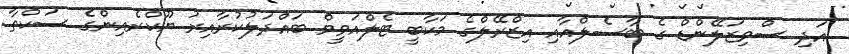
އަދި ސްވިޒަލޭންޑް ގެ ބާސެލްއާއި އިޒްރޭލްގެ މަކާބީ ޓެލްއަވީވް ބައްދަލުކުރާއިރު ޔޫކްރެއިންގެ ސަކްތާ